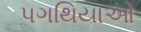
પગથિયાઓ